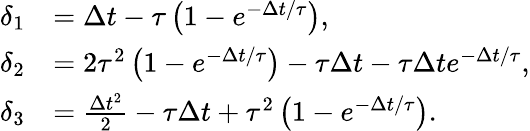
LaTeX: \begin{array}{rl}{\delta_{1}}&{=\Delta t-\tau\left({1-e^{-\Delta t/\tau}}\right),}\\ {\delta_{2}}&{=2\tau^{2}\left({1-e^{-\Delta t/\tau}}\right)-\tau\Delta t-\tau\Delta te^{-\Delta t/\tau},}\\ {\delta_{3}}&{=\frac{\Delta t^{2}}{2}-\tau\Delta t+\tau^{2}\left({1-e^{-\Delta t/\tau}}\right).}\end{array}